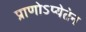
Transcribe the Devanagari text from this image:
प्राणोऽप्येतेन